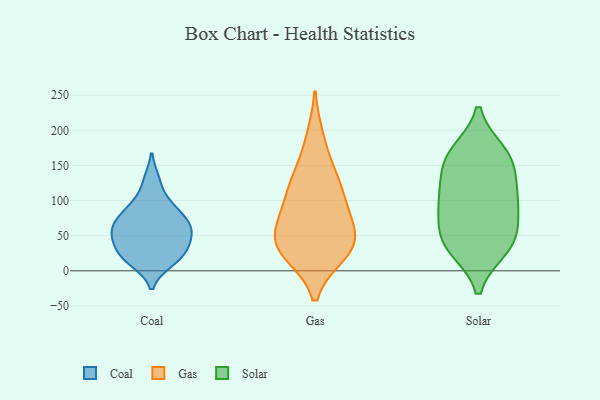
{"axis": {"x": "Operating Costs (USD K)", "y": "Value"}, "legend": ["Coal", "Gas", "Solar"], "data": [{"x": "", "y": 71, "type": "Coal"}, {"x": "", "y": 91, "type": "Coal"}, {"x": "", "y": 52, "type": "Coal"}, {"x": "", "y": 51, "type": "Coal"}, {"x": "", "y": 27, "type": "Coal"}, {"x": "", "y": 32, "type": "Coal"}, {"x": "", "y": 55, "type": "Coal"}, {"x": "", "y": 98, "type": "Coal"}, {"x": "", "y": 32, "type": "Coal"}, {"x": "", "y": 130, "type": "Coal"}, {"x": "", "y": 11, "type": "Coal"}, {"x": "", "y": 69, "type": "Coal"}, {"x": "", "y": 12, "type": "Coal"}, {"x": "", "y": 72, "type": "Coal"}, {"x": "", "y": 76, "type": "Gas"}, {"x": "", "y": 188, "type": "Gas"}, {"x": "", "y": 63, "type": "Gas"}, {"x": "", "y": 114, "type": "Gas"}, {"x": "", "y": 37, "type": "Gas"}, {"x": "", "y": 140, "type": "Gas"}, {"x": "", "y": 124, "type": "Gas"}, {"x": "", "y": 33, "type": "Gas"}, {"x": "", "y": 28, "type": "Gas"}, {"x": "", "y": 90, "type": "Gas"}, {"x": "", "y": 25, "type": "Gas"}, {"x": "", "y": 44, "type": "Gas"}, {"x": "", "y": 106, "type": "Solar"}, {"x": "", "y": 40, "type": "Solar"}, {"x": "", "y": 168, "type": "Solar"}, {"x": "", "y": 32, "type": "Solar"}, {"x": "", "y": 117, "type": "Solar"}, {"x": "", "y": 151, "type": "Solar"}, {"x": "", "y": 34, "type": "Solar"}, {"x": "", "y": 156, "type": "Solar"}, {"x": "", "y": 71, "type": "Solar"}, {"x": "", "y": 90, "type": "Solar"}, {"x": "", "y": 48, "type": "Solar"}, {"x": "", "y": 100, "type": "Solar"}, {"x": "", "y": 166, "type": "Solar"}]}